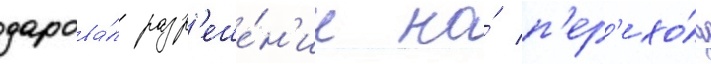
дарова́л разр'еше́н'ие на́ п'ер'ехо́д